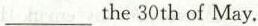
___the 30 th of May.